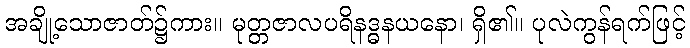
အချို့သောဇာတ်၌ကား။ မုတ္တဇာလပရိနဒ္ဓနယနော၊ ရှိ၏။ ပုလဲကွန်ရက်ဖြင့်